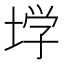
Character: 𰉽